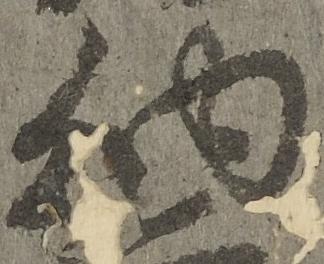
納